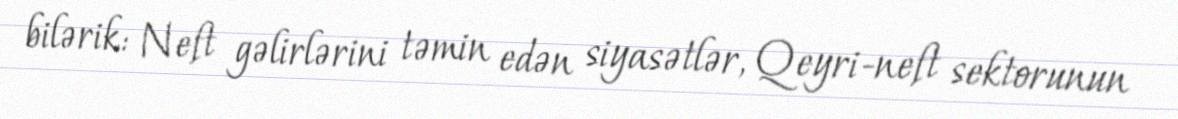
bilərik: Neft gəlirlərini təmin edən siyasətlər, Qeyri-neft sektorunun